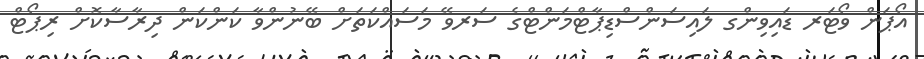
އޯޕަން ވޯޓަރ ޑައިވިންގ ލައިސަންސްޑިޕާޓްމަންޓްގެ ސަރވޭ މަސައްކަތަށް ބޭނުންވާ ކަންކަން ދިރާސާކޮށް ރިޕޯޓް